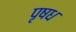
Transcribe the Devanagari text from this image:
पृषध